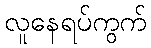
လူနေရပ်ကွက်